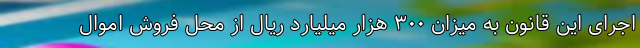
اجرای این قانون به میزان ۳۰۰ هزار میلیارد ریال از محل فروش اموال